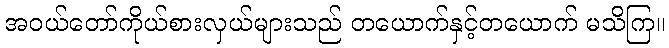
အဝယ်တော်ကိုယ်စားလှယ်များသည် တယောက်နှင့်တယောက် မသိကြ။